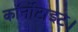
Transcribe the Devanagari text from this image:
कॉर्नोटाइट।